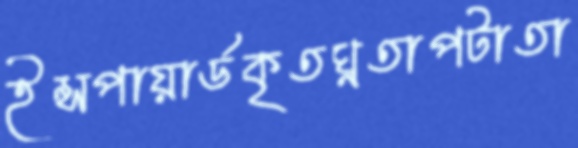
ইন্সপায়ার্ডকৃতঘ্নতাপটাতা